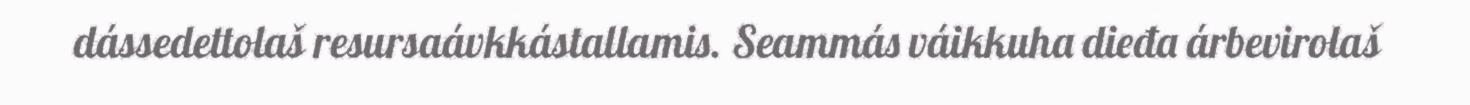
dássedettolaš resursaávkkástallamis. Seammás váikkuha dieđa árbevirolaš